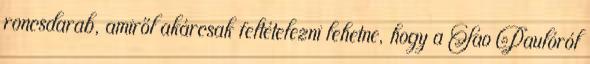
roncsdarab, amiről akárcsak feltételezni lehetne, hogy a Sao Paulóról